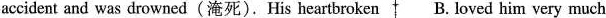
accident and was drowned(淹死). His heartbroken B. Loved him very much